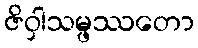
ဇိဝှါသမ္ဖဿတော